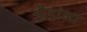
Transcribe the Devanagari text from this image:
औंड्रांना